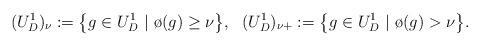
LaTeX: \begin{align*}(U^1_D)_{\nu} : = \big\{ g\in U^1_D~|~ \o (g)\geq \nu \big\},\ \ (U^1_D)_{\nu+} : = \big\{ g\in U^1_D~|~ \o (g)> \nu \big\}.\end{align*}